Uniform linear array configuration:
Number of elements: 8
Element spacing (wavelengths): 0.75
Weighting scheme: binomial
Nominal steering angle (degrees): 45
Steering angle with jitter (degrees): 44.119
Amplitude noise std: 0.05
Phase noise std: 0.05

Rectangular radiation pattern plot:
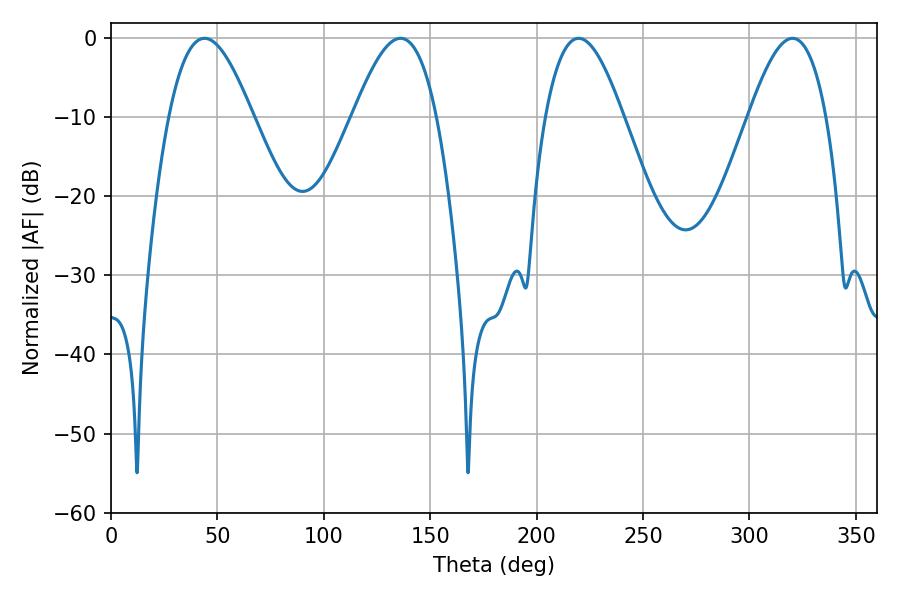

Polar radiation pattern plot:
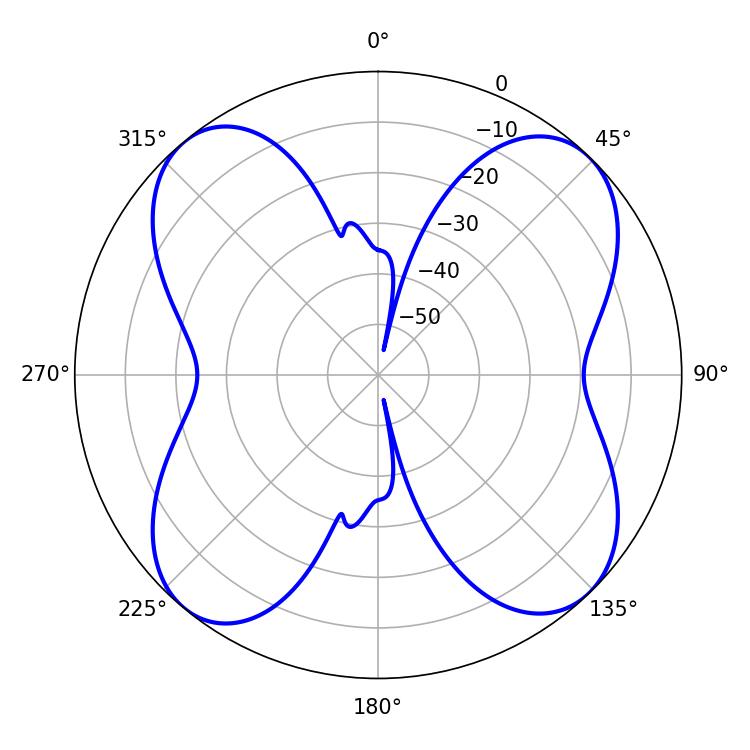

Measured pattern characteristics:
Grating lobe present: TRUE
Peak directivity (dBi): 13.74
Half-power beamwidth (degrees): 21.24
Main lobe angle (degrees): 43.92